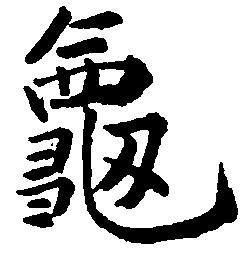
亀